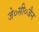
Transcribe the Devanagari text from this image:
जे०सी०जैन